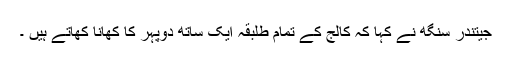
جیتندر سنگھ نے کہا کہ کالج کے تمام طلبقہ ایک ساتھ دوپہر کا کھانا کھاتے ہیں ۔